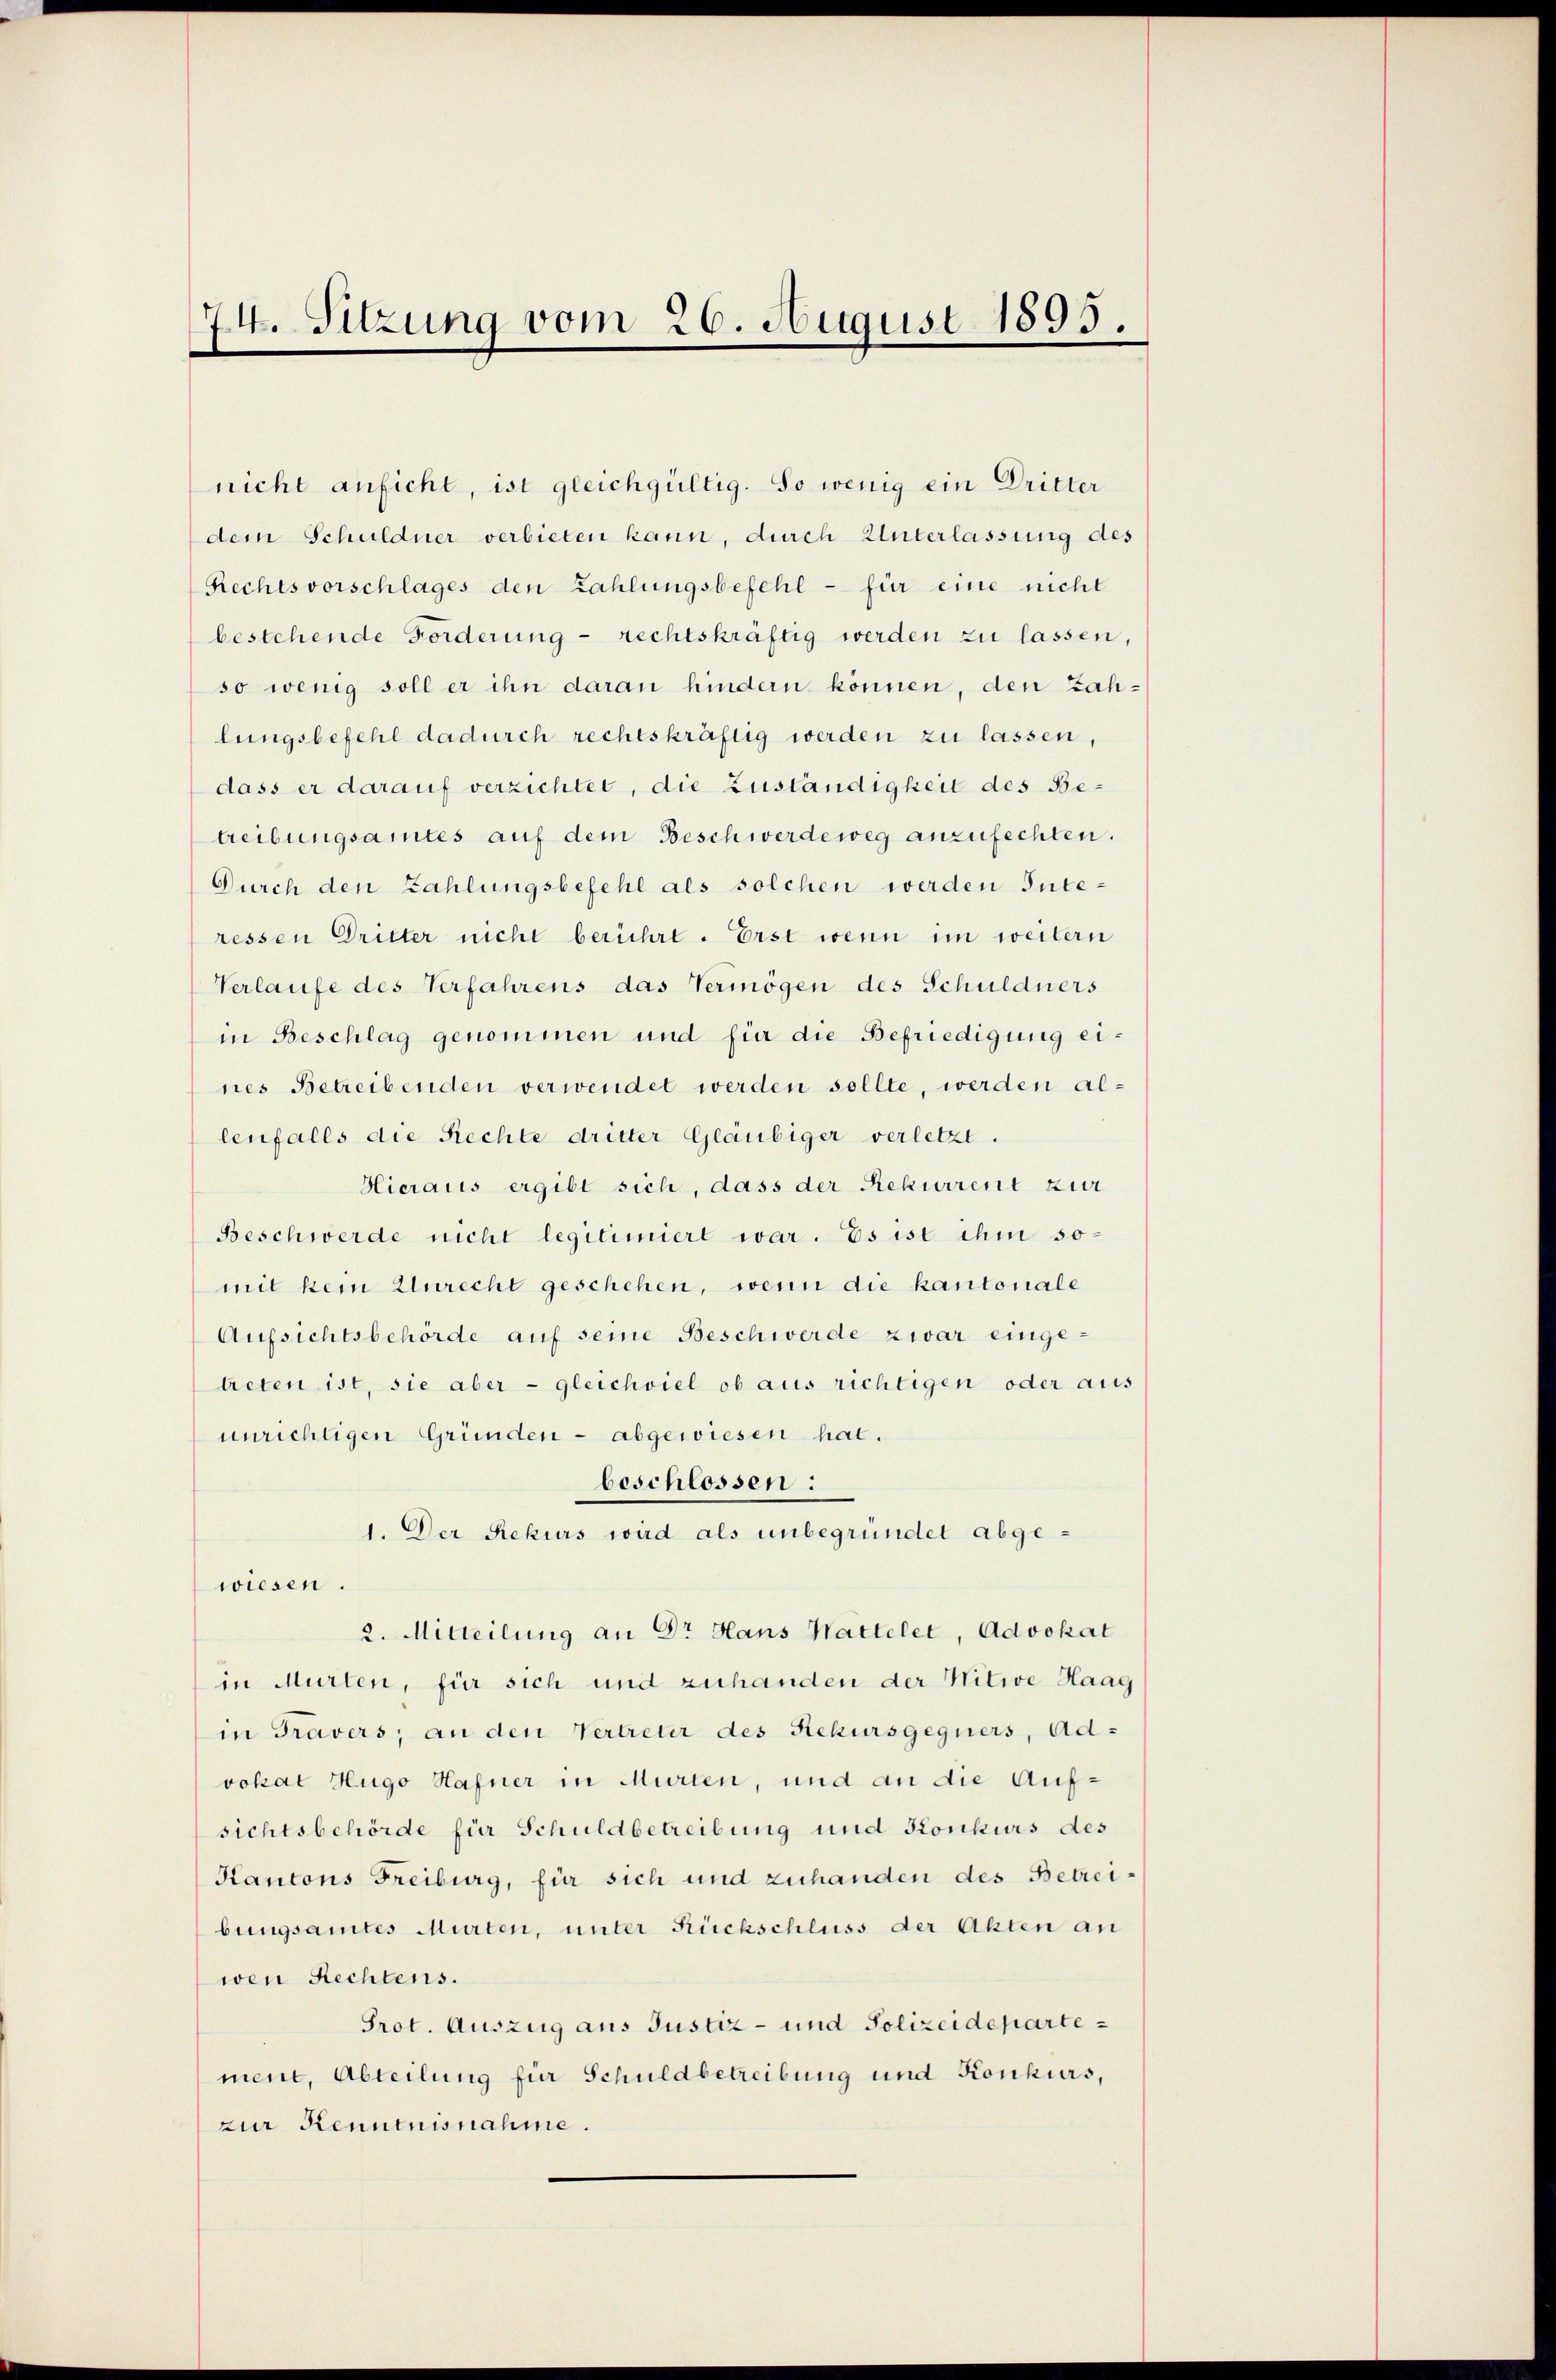
74. Sitzung vom 26. August 1895.

nicht anficht, ist gleichgültig. So wenig ein Dritter
dem Schuldner verbieten kann, durch Unterlassung des
Rechtsvorschlages den Zahlungsbefehl - für eine nicht
bestehende Forderung - rechtskräftig werden zu lassen,
so wenig soll er ihn daran hindern können, den Zahlungsbefehl dadurch rechtskräftig werden zu lassen,
dass er darauf verzichtet, die Zuständigkeit des Betreibungsamtes auf dem Beschwerdeweg anzufechten.
Durch den Zahlungsbefehl als solchen werden Interessen Dritter nicht berührt. Erst wenn im weitern
Verlaufe des Verfahrens das Vermögen des Schuldners
in Beschlag genommen und für die Befriedigung eines Betreibenden verwendet werden sollte, werden allenfalls die Rechte dritter Gläubiger verletzt.
Hieraus ergibt sich, dass der Rekurrent zur
Beschwerde nicht legitimiert war. Es ist ihm somit kein Unrecht geschehen, wenn die kantonale
Aufsichtsbehörde auf seine Beschwerde zwar eingetreten ist, sie aber - gleichviel ob aus richtigen oder aus
unrichtigen Gründen - abgewiesen hat.
beschlossen:
1. Der Rekurs wird als unbegründet abgewiesen.
2. Mitteilung an Dr Hans Wattelet, Advokat
in Murten, für sich und zuhanden der Witwe Haag
in Travers, an den Vertreter des Rekursgegners, Advokat Hugo Hafner in Murten, und an die Aufsichtsbehörde für Schuldbetreibung und Konkurs des
Kantons Freiburg, für sich und zuhanden des Betreibungsamtes Murten, unter Rückschluss der Akten an
wen Rechtens.
Prot. Auszug aus Justiz- und Polizeidepartemene, Abteilung für Schuldbetreibung und Konkurs,
zur Kenntnisnahme.